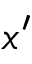
x ^ { \prime }